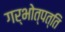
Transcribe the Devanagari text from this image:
गर्भोत्पत्ति